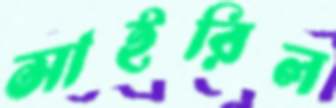
সাইরিল